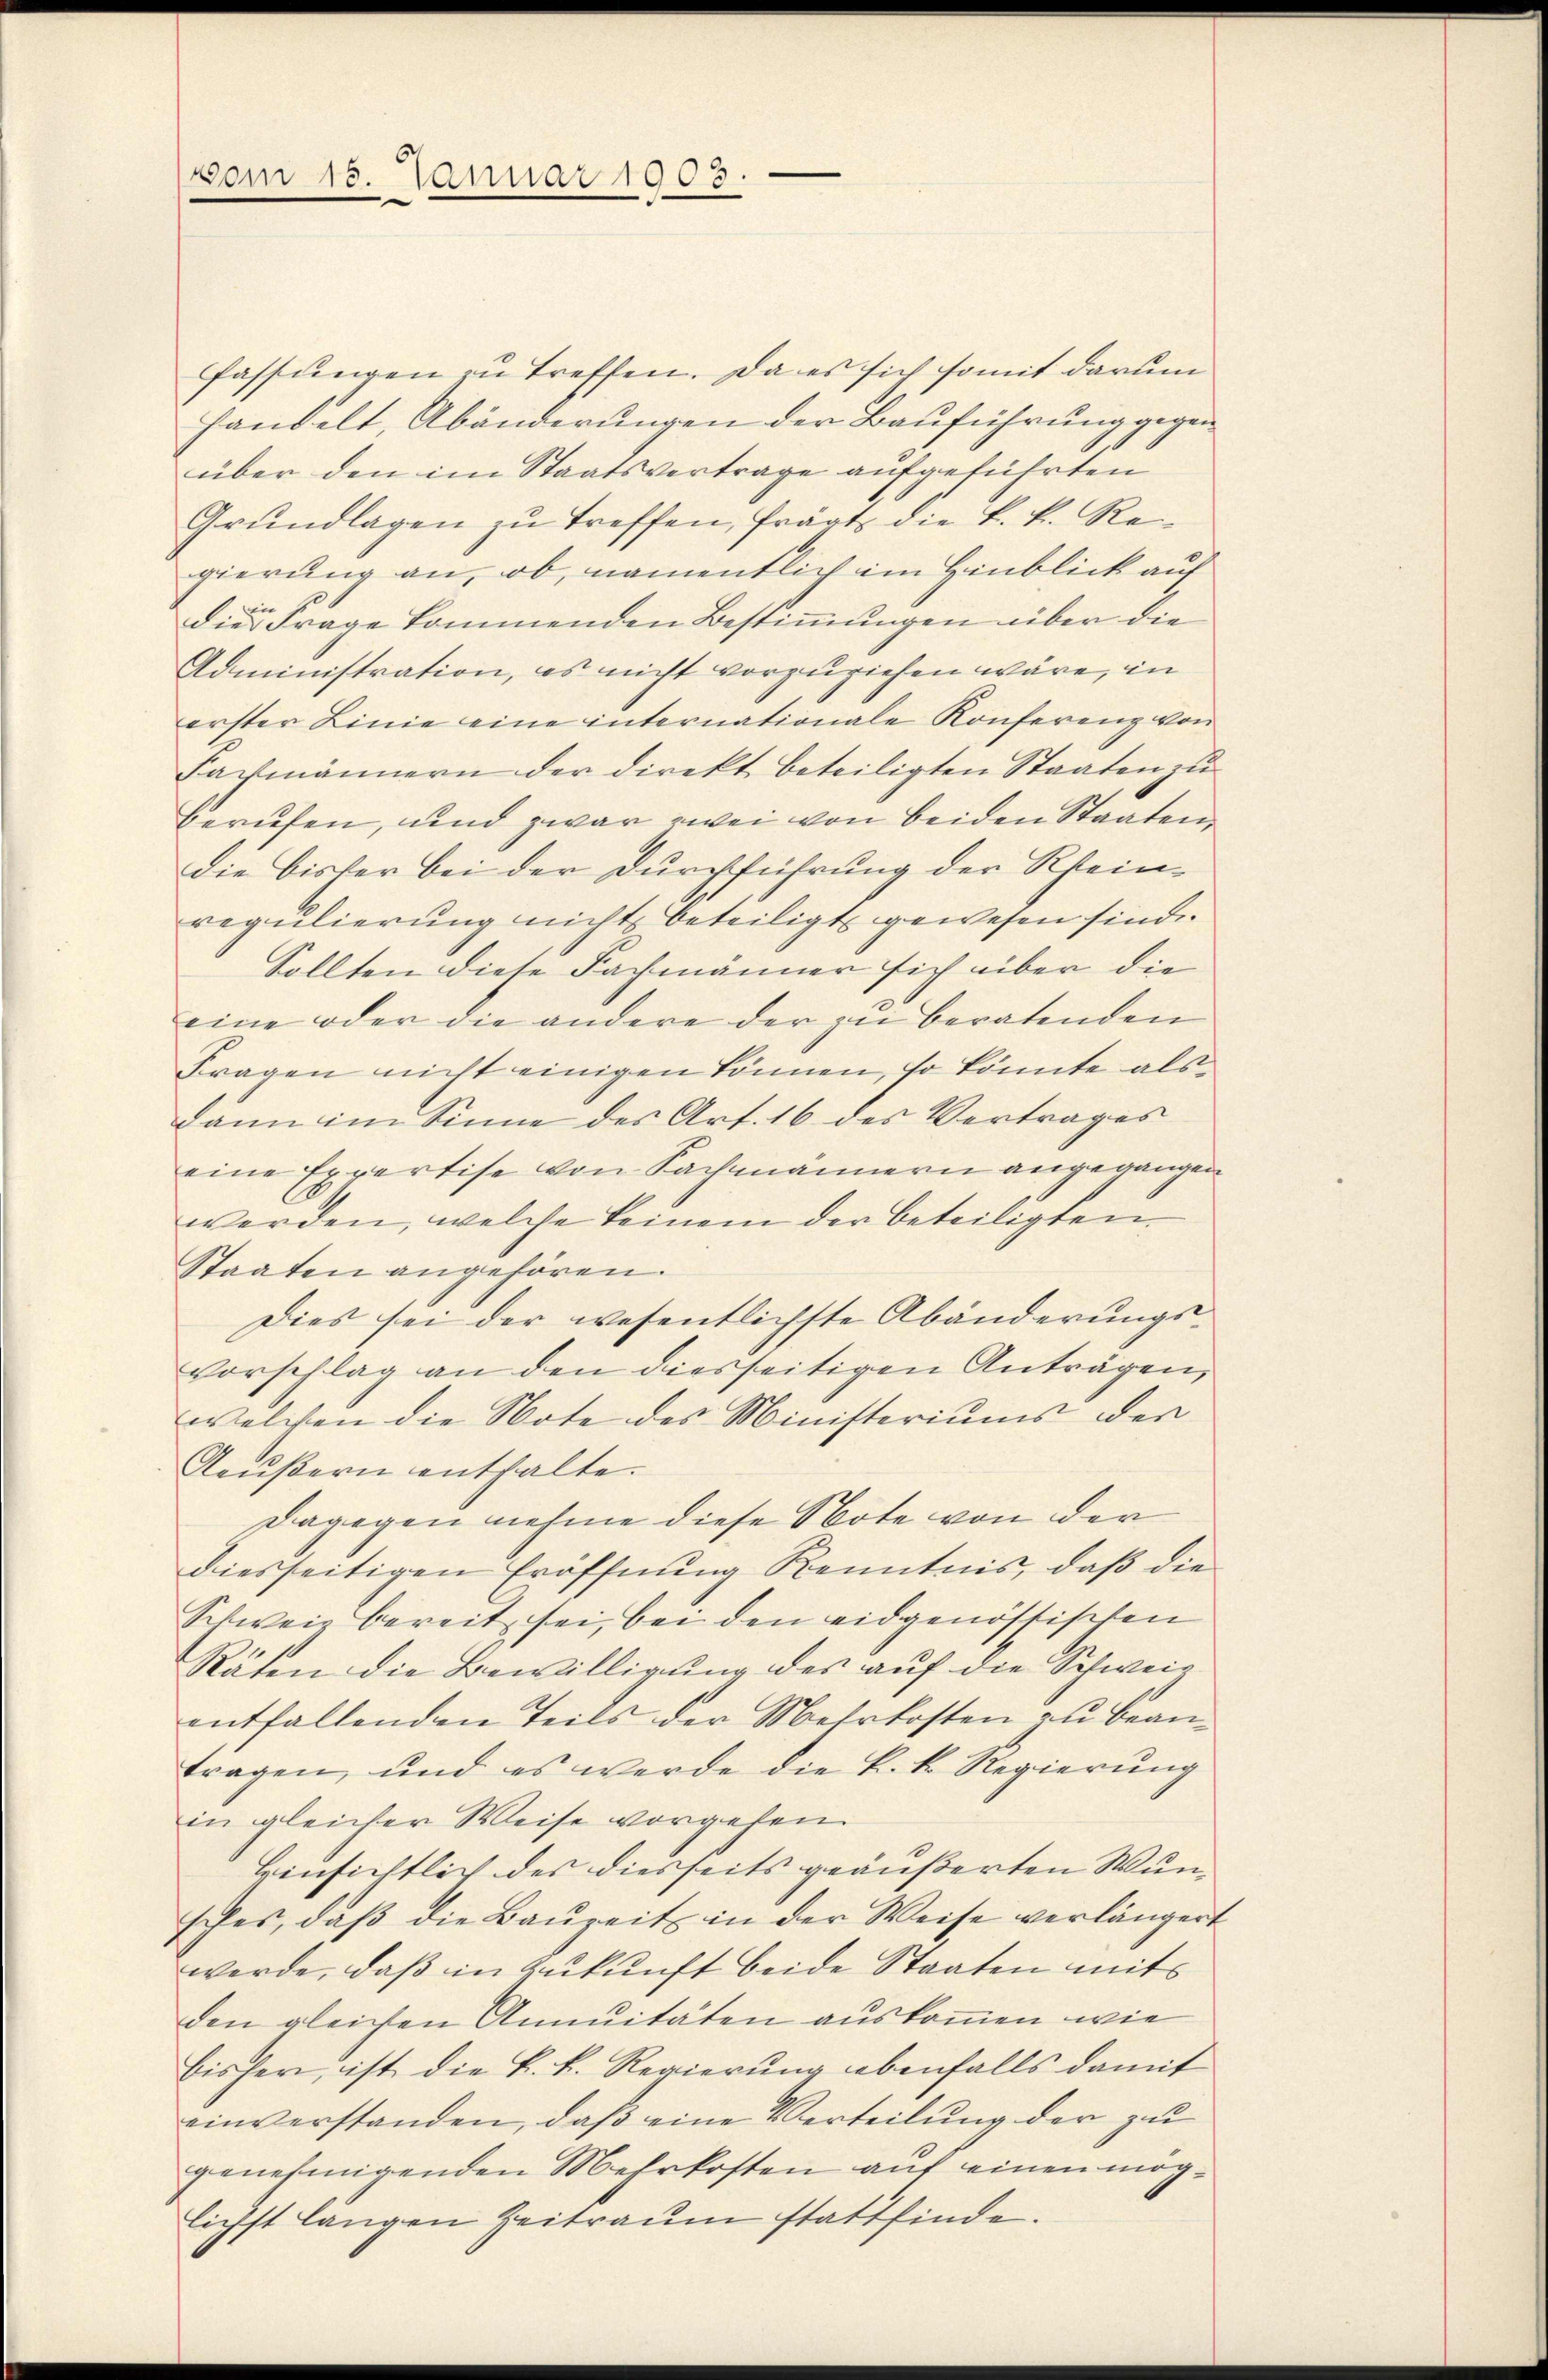
vom 15. Januar 1903.
n

fassungen zu treffen. Da es sich somit darum
handelt, Abänderungen der Bauführung gegen
über den im Staatsvertrage aufgeführten
Grŭndlagen zu treffen, frägt die k. k. Regierung an, ob, namentlich im Hinblick auf
die Frage kommenden Bestimmungen über die
Administration, es nicht vorzuziehen wäre, in
erster Linie eine internationale Konferenz von
Fachmännern der direkt beteiligten Staaten zu
berufen, und zwar zwei von beiden Staaten,
die bisher bei der Durchführung der Rhein-
regulierung nicht beteiligt gewesen sind.
Sollten diese Fachmänner sich über die
eine oder die andere der zu beratenden
Fragen nicht einigen können, so könnte alsdann im Sinne des Art. 16 des Vertrages
eine Expertise von Sachmännern angegangen
werden, welche keinem der beteiligten
Staaten angehören.
Dies sei der wesentlichste Abänderungs¬
Vorschlag an den diesseitigen Anträgen,
welchen die Note des Ministeriums der
Aeußern enthalte.
dagegen nehme diese Note von der
diesseitigen Eröffnung Kenntnis, daß die
Schweiz bereit sei, bei den eidgenössischen
Räten die Bewilligung des auf die Schweientfallenden Teils der Mehrkosten zu beantragen, und es werde die k. k. Regierung
in gleicher Weise vorgehen
Hinsichtlich des diesseits geäußerten Wunsches, daβ die Baŭzeit in der Weise verlängert
werde, daß in Zukunft beide Staaten mits
den gleichen Annuitäten auskommen wie
bisher, ist die k. k. Regierung ebenfalls damit
einverstanden, daß eine Verteilung der zu
genehmigenden Mehrkosten auf einen möglichst langen Zeitraum stattfinde.